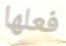
فعلها